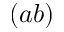
( a b )